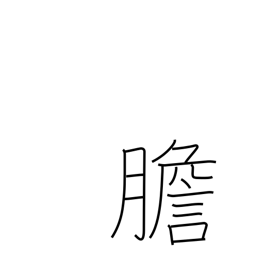
Meaning: gall bladder